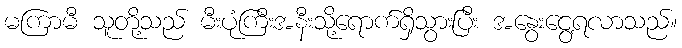
မကြာမီ သူတို့သည် မီးပုံကြီးအနီးသို့ရောက်ရှိသွားပြီး အနွေးငွေ့ရလာသည်။